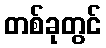
တစ်ခုတွင်